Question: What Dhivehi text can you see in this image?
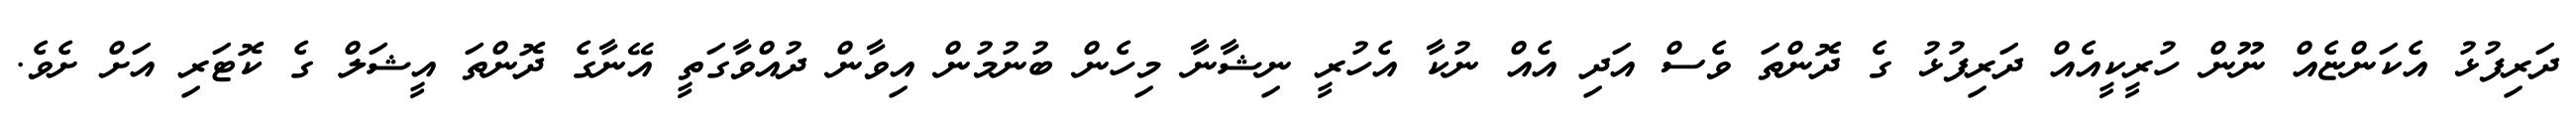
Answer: ދަރިފުޅު އެކަންޏެއް ނޫން ހުރީކީއެއް ދަރިފުޅު ގެ ދޮންތަ ވެސް އަދި އެއް ނުކާ އެހުރީ ނިޝާނާ މިހެން ބުނުމުން އިވާން ދުއްވާގަތީ އޭނާގެ ދޮންތަ އީޝަލް ގެ ކޮޓަރި އަށް ށެވެ.